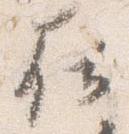
在